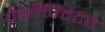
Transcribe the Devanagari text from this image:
प्रेसीपिटेटर